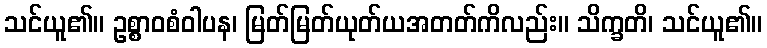
သင်ယူ၏။ ဥစ္စာဝစံဝါပန၊ မြတ်မြတ်ယုတ်ယအတတ်ကိလည်း။ သိက္ခတိ၊ သင်ယူ၏။